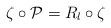
LaTeX: \begin{align*}\zeta \circ \mathcal{P} = R_l \circ \zeta\end{align*}